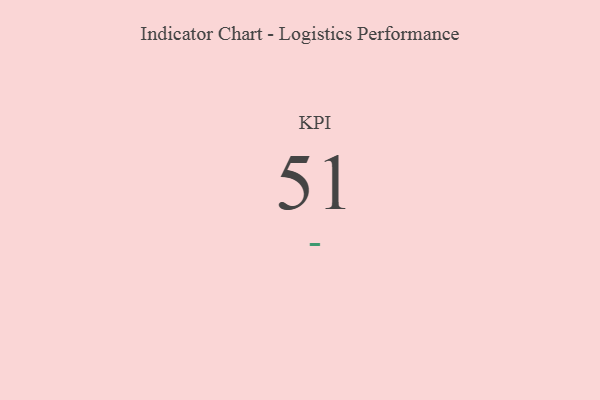
{"axis": {"x": "KPI", "y": "Value"}, "legend": [""], "data": [{"x": "KPI", "y": 51, "type": ""}]}